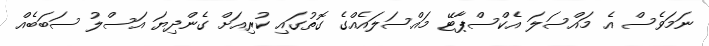
ނަމަވެސް އެ މައްސަލަ އެކްސްޕާޓޭ މައްސަލައެއްގެ ގޮތުގައި ކުރިއަށް ގެންދިޔަ އަސްލު ސަބަބެއް